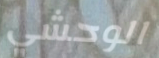
الوحشي